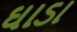
ઘાડા